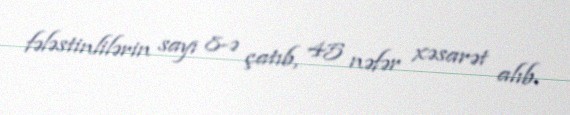
fələstinlilərin sayı 8-ə çatıb, 45 nəfər xəsarət alıb.